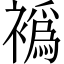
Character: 𬡮